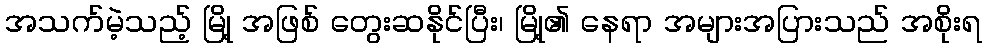
အသက်မဲ့သည့် မြို့ အဖြစ် တွေးဆနိုင်ပြီး၊ မြို့၏ နေရာ အများအပြားသည် အစိုးရ